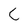
Character: C